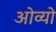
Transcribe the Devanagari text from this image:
ओव्यो